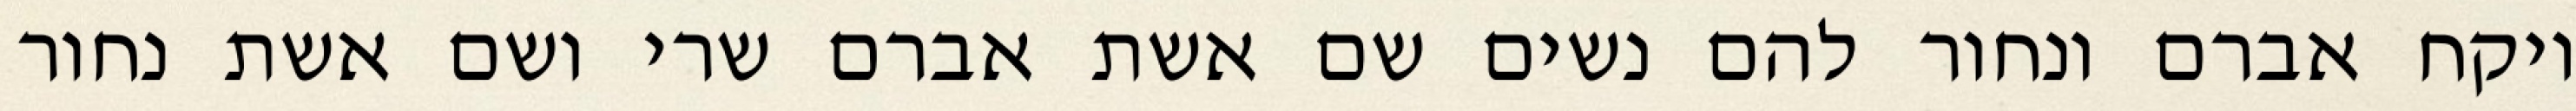
ויקח אברם ונחור להם נשים שם אשת אברם שרי ושם אשת נחור